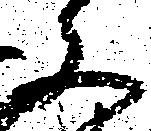
文